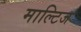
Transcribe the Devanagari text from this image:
माल्टिज